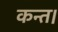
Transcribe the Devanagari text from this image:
कन्‍त।